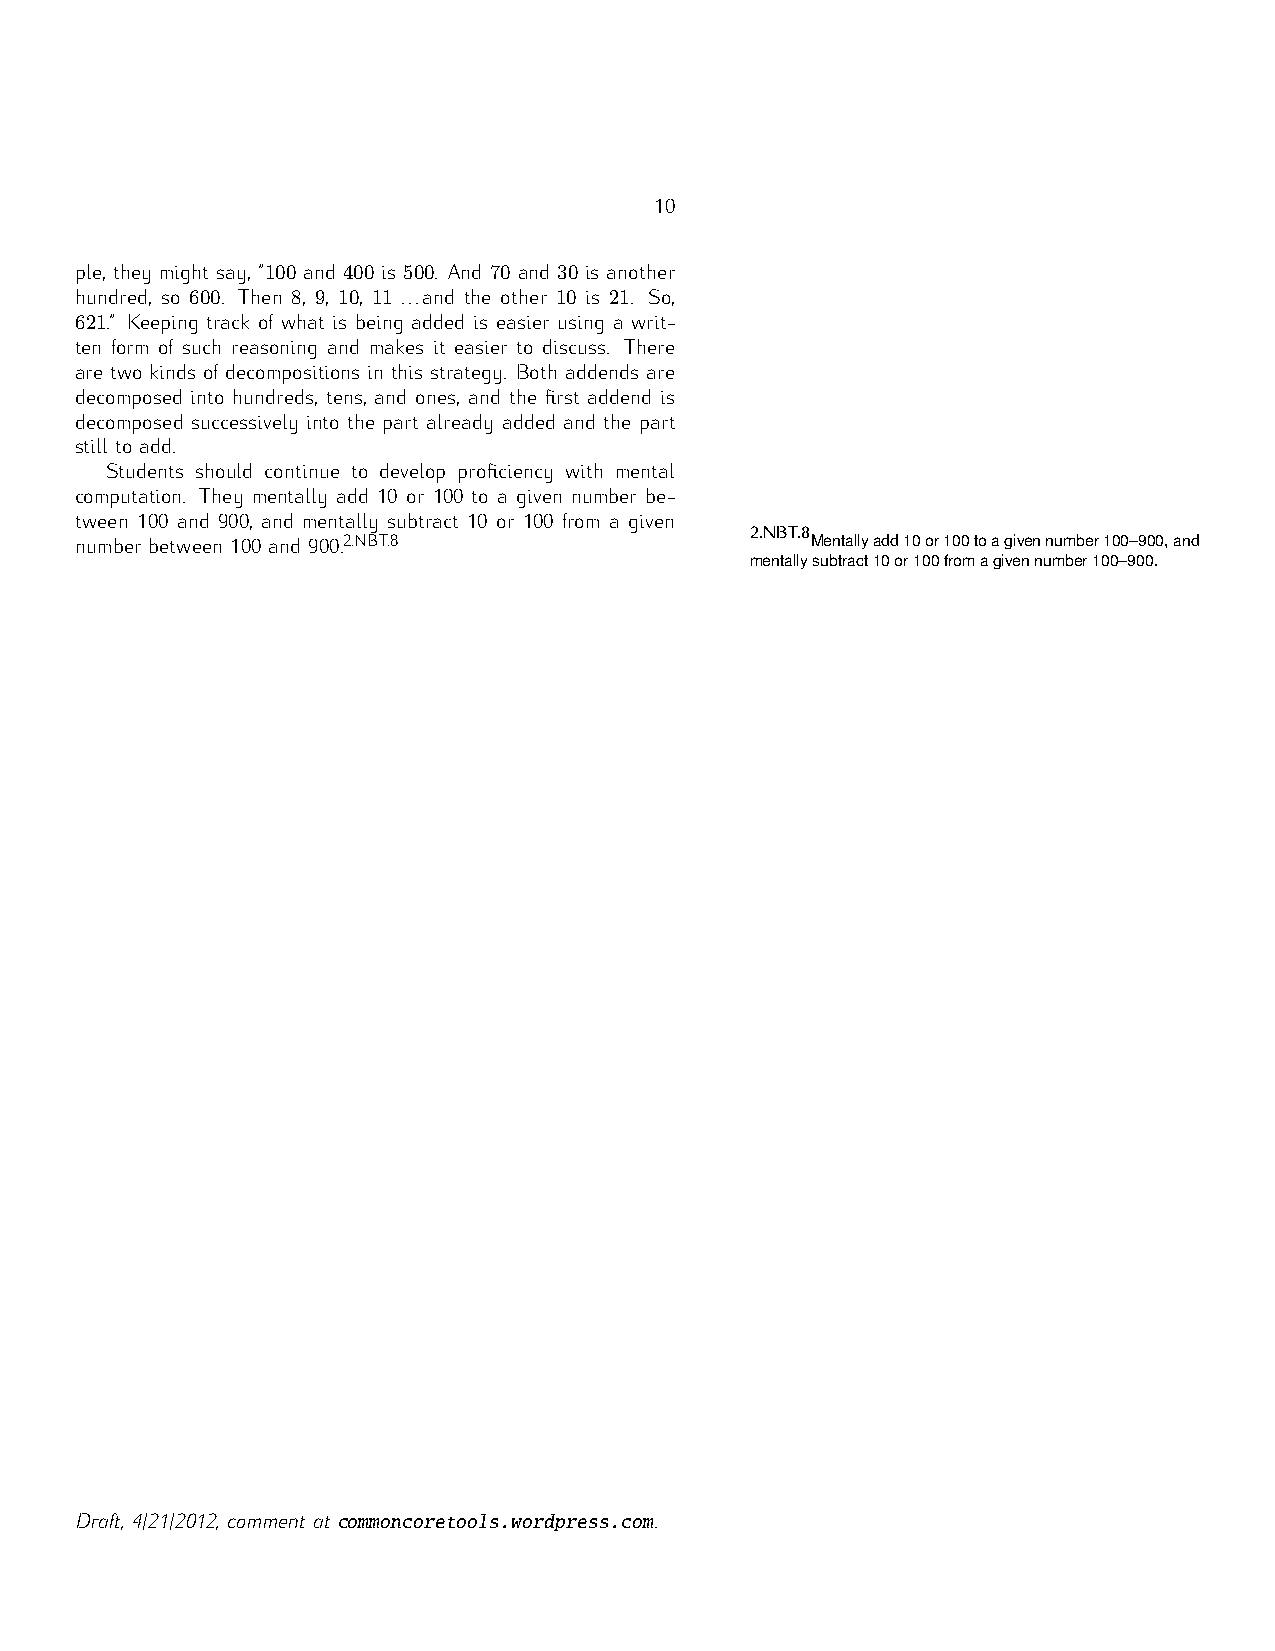
10
 100  400 500  70   30
 600   8 9 10 11         10 21
 621
 ple, they might say, ” and is . And and is another
 hundred, so . Then , , , ...and the other is . So,
 .” Keeping track of what is being added is easier using a writ-
 ten form of such reasoning and makes it easier to discuss. There
 are two kinds of decompositions in this strategy. Both addends are
 decomposed into hundreds, tens, and ones, and the first addend is
 decomposed successively into the part already added and the part
 still to add.
 Students should continue to develop proficiency with mental
 Mentallyadd10or100toagivennumber100–900,and
 computation. They mentally add 10 or 100 to a given number be-
 mentallysubtract10or100fromagivennumber100–900.
 tween 100 and 900, and mentally subtract 10 or 100 from a given 2.NBT.8
 2.NBT.8
 number between 100 and 900.
 commoncoretools.wordpress.com
 Draft, 4/21/2012, comment at          .